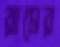
রামের